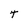
Character: T